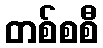
တစ်စစီ